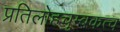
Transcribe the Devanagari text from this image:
प्रतिलोहचुम्बकत्व